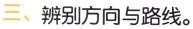
三、辨别方向与路线。